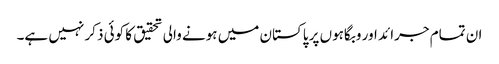
ان تمام جرائد اور وبگاہوں پر پاکستان میں ہونے والی تحقیق کا کوئی ذکر نہیں ہے۔